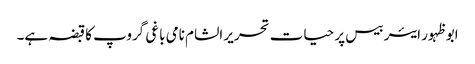
ابو ظہور ایئر بیس پر حیات تحریر الشام نامی باغی گروپ کا قبضہ ہے۔